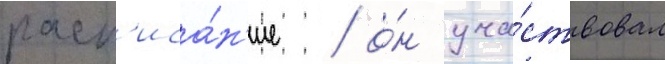
расп'иса́н'ие / о́н уча́ствовал